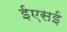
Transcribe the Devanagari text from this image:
ईएसई